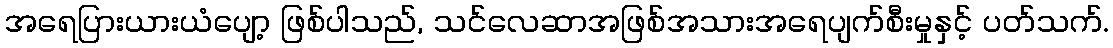
အရေပြားယားယံပျော့ ဖြစ်ပါသည်, သင်လေဆာအဖြစ်အသားအရေပျက်စီးမှုနှင့် ပတ်သက်.